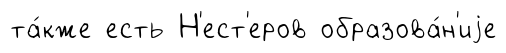
та́кже есть Н'ест'еров образова́н'иjе